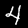
Label: 4